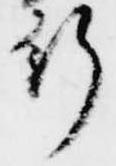
行